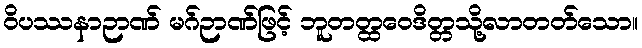
ဝိပဿနာဉာဏ် မဂ်ဉာဏ်ဖြင့် ဘူတတ္ထဝေဒိတ္တသို့လာတတ်သော။